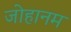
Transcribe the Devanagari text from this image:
जोहानम